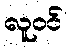
လူဝင်